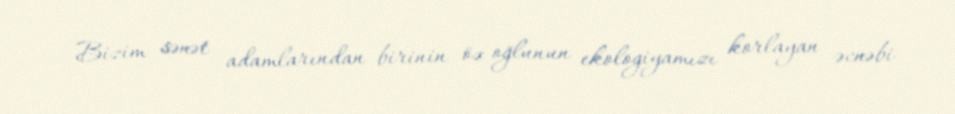
Bizim sənət adamlarından birinin öz oğlunun ekologiyamızı korlayan əcnəbi